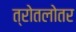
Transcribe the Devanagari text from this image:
त्रोतलोतर